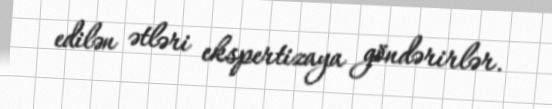
edilən ətləri ekspertizaya göndərirlər.